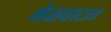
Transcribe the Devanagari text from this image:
मेळघाटात